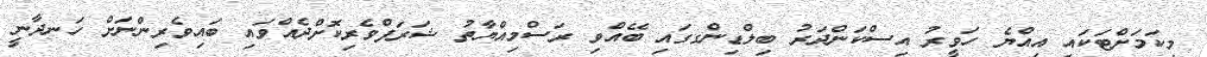
މިކަމަށްޓަކައި އިއްޔެ ހަވީރު އިސްކަންދަރު ބިލްޑިންގގައި ބޭއްވި ރަސްމިއްޔާތު ޝަރަފްވެރިކޮށްދެއްވައި ބައިވެރިންނަށް ހަނދާނީ